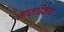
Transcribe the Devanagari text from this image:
साप्‍ताहिकाचा